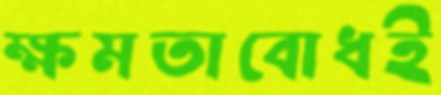
ক্ষমতাবোধই